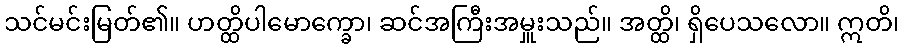
သင်မင်းမြတ်၏။ ဟတ္ထိပါမောက္ခော၊ ဆင်အကြီးအမှူးသည်။ အတ္ထိ၊ ရှိပေသလော။ ဣတိ၊